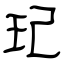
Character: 玘